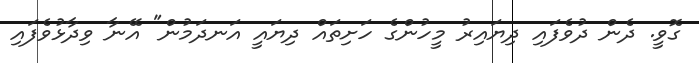
ގޮވީ. ދެން ދުވެފައި ދިޔައިރު މީހުންގެ ހަށިތައް ދިޔައީ އަނދަމުން" އޭނާ ވިދާޅުވެފައި